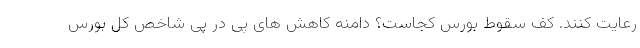
رعایت کنند. کف سقوط بورس کجاست؟ دامنه کاهش های پی در پی شاخص کل بورس